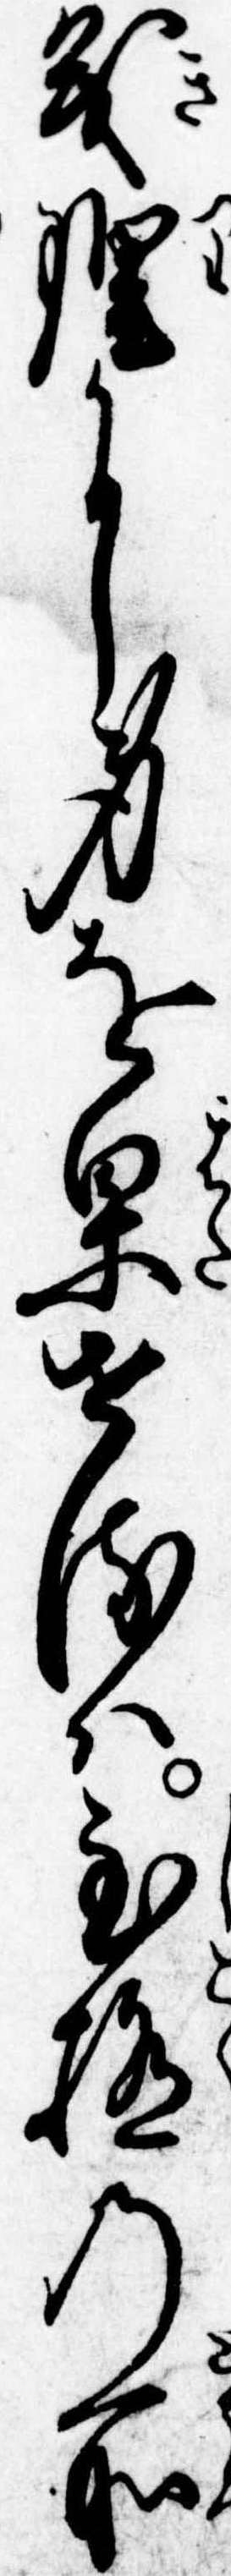
義理に身を果せるは至極の所